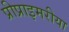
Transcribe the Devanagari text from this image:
प्रीप्राइमरीया